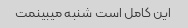
این کامل است شنبه میبینمت